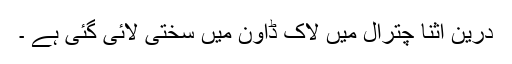
درین اثنا چترال میں لاک ڈاون میں سختی لائی گئی ہے ۔